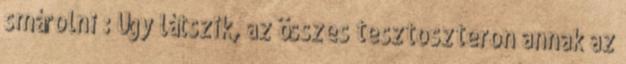
smárolni : Úgy látszik, az összes tesztoszteron annak az